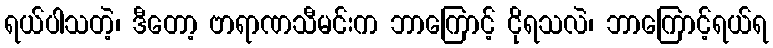
ရယ်ပါသတဲ့၊ ဒီတော့ ဗာရာဏသီမင်းက ဘာကြောင့် ငိုရသလဲ၊ ဘာကြောင့်ရယ်ရ